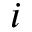
i